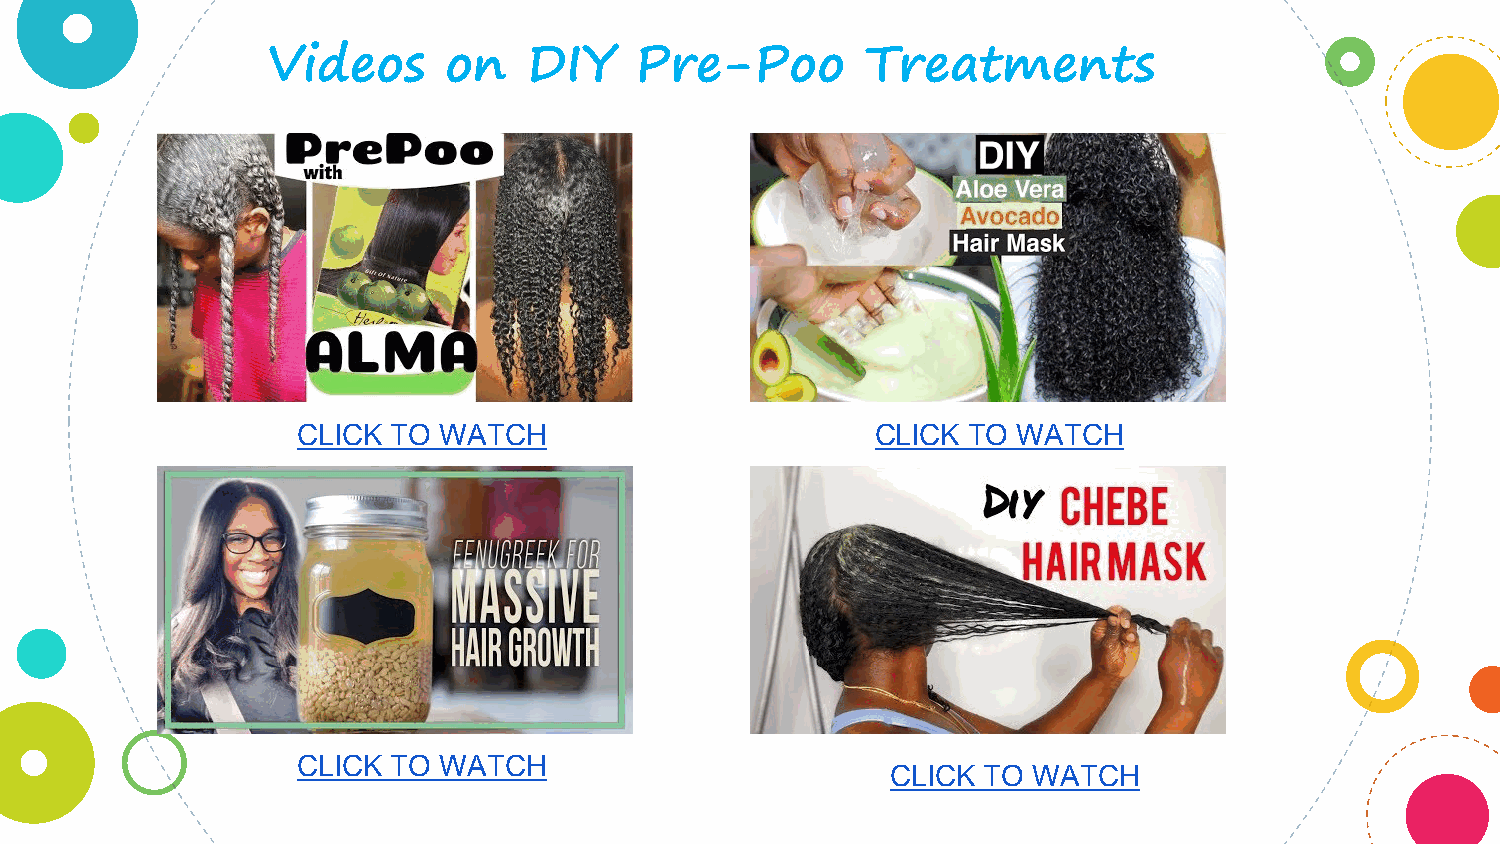
Videos     on    DIY    Pre-Poo        Treatments
 CLICK TO WATCH                        CLICK TO WATCH
 CLICK TO WATCH
 CLICK TO WATCH